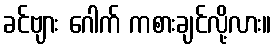
ခင်ဗျား ဂေါက် ကစားချင်လို့လား။